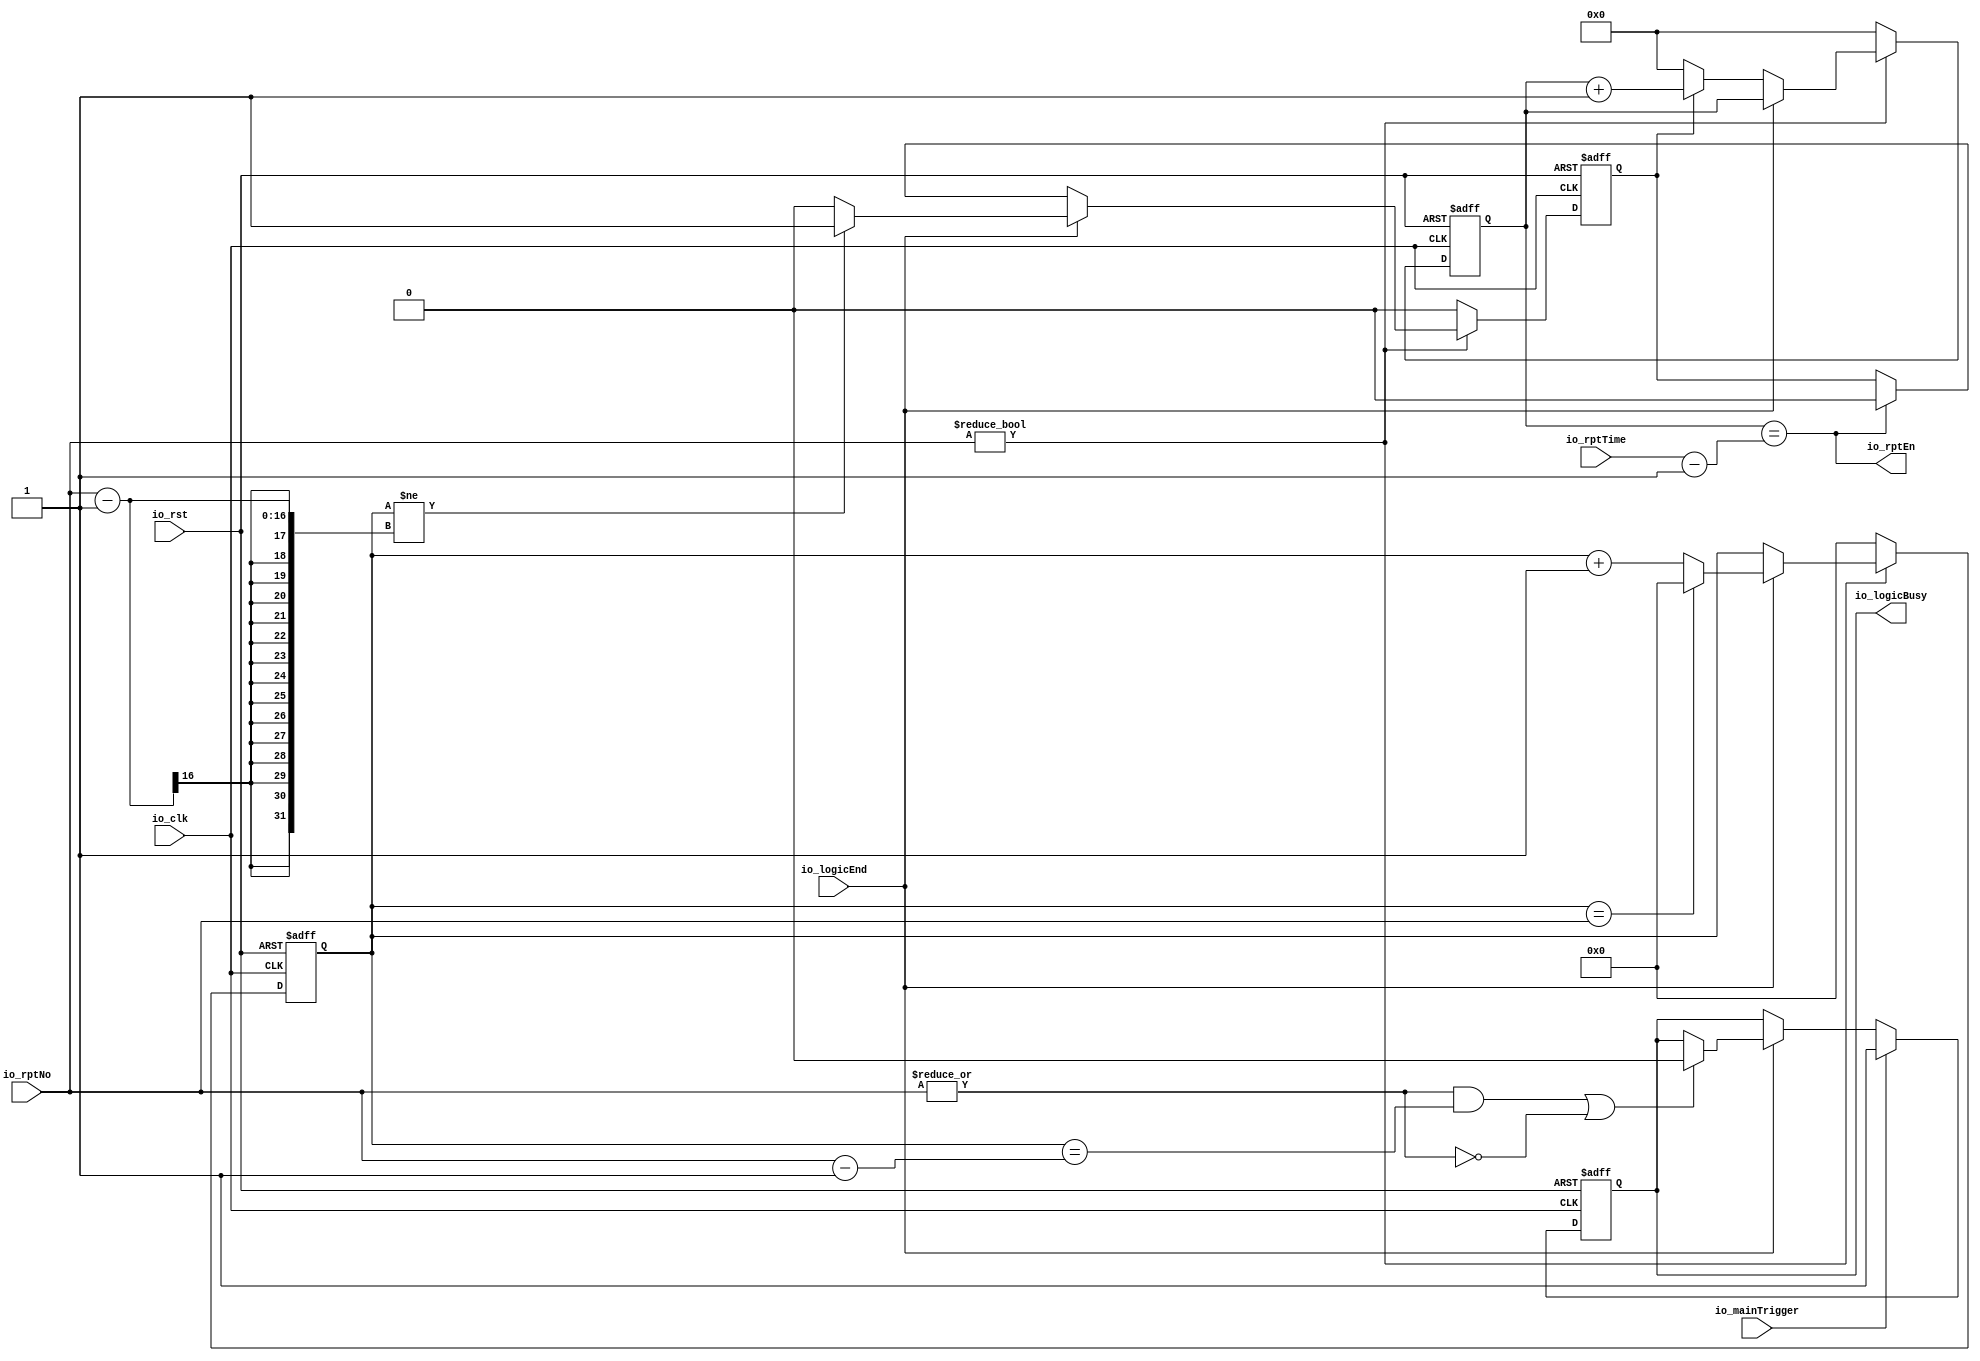
module LogicRepeat (
  input io_clk,
  input io_rst,
  input [15:0] io_rptNo,
  input [23:0] io_rptTime,

  input io_logicEnd,
  output io_rptEn,
  input io_mainTrigger,
  output reg  io_logicBusy
);
  reg [23:0] timingCnt = 0;
  reg [15:0] rptCnt = 0;

  reg flag = 0;
  always @(posedge io_clk or posedge io_rst) begin
    if(io_rst) begin
      flag      <= 0;
      timingCnt <= 0;
      rptCnt    <= 0;
    end
    else if (io_rptNo != 'd0)begin
      if (io_logicEnd) begin
        flag   <= rptCnt != io_rptNo -1 ? 1'd1 : 1'd0;
        rptCnt <= rptCnt == io_rptNo ?  'd0 : rptCnt + 1'd1;
      end
      else begin
        flag      <= timingCnt == io_rptTime - 1'd1 ? 1'd0 : flag;
        timingCnt <= flag ? timingCnt + 1'd1 :'d0;
      end
    end
    else begin
      flag      <= 0;
      timingCnt <= 0;
      rptCnt    <= 0;
    end
  end

  always @(posedge io_clk or posedge io_rst) begin
    if (io_rst) begin
      io_logicBusy <= 0;
    end
    else begin
      if(io_mainTrigger)
        io_logicBusy <= 1'd1;
      else if(io_logicEnd)
        io_logicBusy <= (|io_rptNo & rptCnt == io_rptNo - 1'd1) | !(|io_rptNo) ?
                          1'd0
                        :
                          io_logicBusy;
      else 
        io_logicBusy <= io_logicBusy;
    end 
  end

  assign io_rptEn = timingCnt == io_rptTime - 1'd1;

endmodule